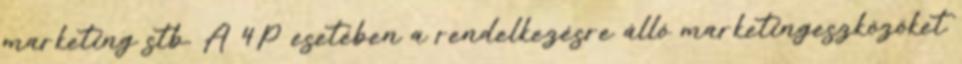
marketing stb. A 4P esetében a rendelkezésre álló marketingeszközöket